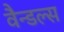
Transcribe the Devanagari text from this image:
वैन्डल्स